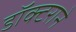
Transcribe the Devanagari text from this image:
डॉक्टराने